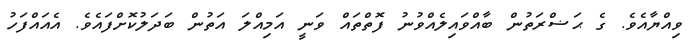
ވިއްޔާއެވެ. ގެ ޙަޟްރަތުން ބާއްވައިލެއްވުނު ފޮތްތައް ވަނީ އަމިއްލަ އަތުން ބަދަލުކޮށްފައެވެ. އެއައްފަހު